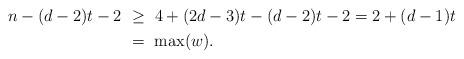
LaTeX: \begin{align*}\begin{aligned}n-(d-2)t-2\ &\ge\ 4+(2d-3)t-(d-2)t-2=2+(d-1)t\\&=\ \max(w).\end{aligned}\end{align*}